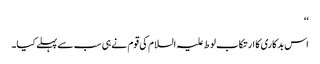
‘‘
اس بدکاری کا ارتکاب لوط علیہ السلام کی قوم نے ہی سب سے پہلے کیا۔